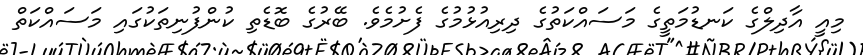
މިއީ އާދިލްގެ ކަނޑުމަތީގެ މަސައްކަތުގެ ދިރިއުޅުމުގެ ފެށުމެވެ. ބޭރުގެ ބޮޑެތި ކުންފުނިތަކުގައި މަސައްކަތް